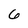
Character: 6